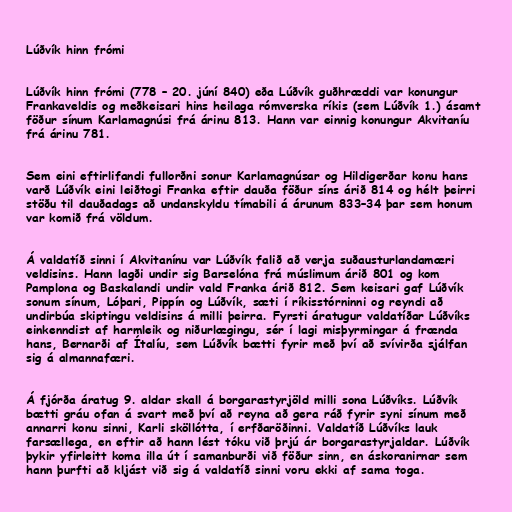
Lúðvík hinn frómi

Lúðvík hinn frómi (778 – 20. júní 840) eða Lúðvík guðhræddi var konungur
Frankaveldis og meðkeisari hins heilaga rómverska ríkis (sem Lúðvík 1.) ásamt
föður sínum Karlamagnúsi frá árinu 813. Hann var einnig konungur Akvitaníu
frá árinu 781.

Sem eini eftirlifandi fullorðni sonur Karlamagnúsar og Hildigerðar konu hans
varð Lúðvík eini leiðtogi Franka eftir dauða föður síns árið 814 og hélt þeirri
stöðu til dauðadags að undanskyldu tímabili á árunum 833–34 þar sem honum
var komið frá völdum.

Á valdatíð sinni í Akvitanínu var Lúðvík falið að verja suðausturlandamæri
veldisins. Hann lagði undir sig Barselóna frá múslimum árið 801 og kom
Pamplona og Baskalandi undir vald Franka árið 812. Sem keisari gaf Lúðvík
sonum sínum, Lóþari, Pippín og Lúðvík, sæti í ríkisstórninni og reyndi að
undirbúa skiptingu veldisins á milli þeirra. Fyrsti áratugur valdatíðar Lúðvíks
einkenndist af harmleik og niðurlægingu, sér í lagi misþyrmingar á frænda
hans, Bernarði af Ítalíu, sem Lúðvík bætti fyrir með því að svívirða sjálfan
sig á almannafæri.

Á fjórða áratug 9. aldar skall á borgarastyrjöld milli sona Lúðvíks. Lúðvík
bætti gráu ofan á svart með því að reyna að gera ráð fyrir syni sínum með
annarri konu sinni, Karli sköllótta, í erfðaröðinni. Valdatíð Lúðvíks lauk
farsællega, en eftir að hann lést tóku við þrjú ár borgarastyrjaldar. Lúðvík
þykir yfirleitt koma illa út í samanburði við föður sinn, en áskoranirnar sem
hann þurfti að kljást við sig á valdatíð sinni voru ekki af sama toga.